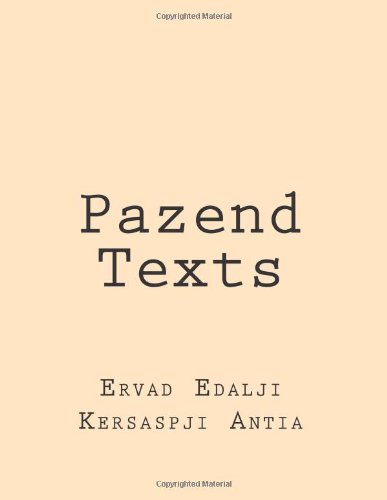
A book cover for Pazend Texts (Persian Edition); Ervad Edalji Kersaspji Antia; Religion & Spirituality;